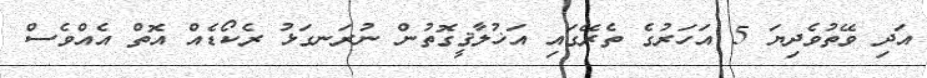
އަދި ވޭތުވެދިޔަ 5 އަހަރުގެ ތެރޭގައި އަޚުލާޤީގޮތުން ނުރަނގަޅު ރެކޯޑެއް އޮތް އެއްވެސް